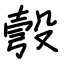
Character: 彀